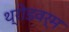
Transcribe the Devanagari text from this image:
थ्रोडवर्म